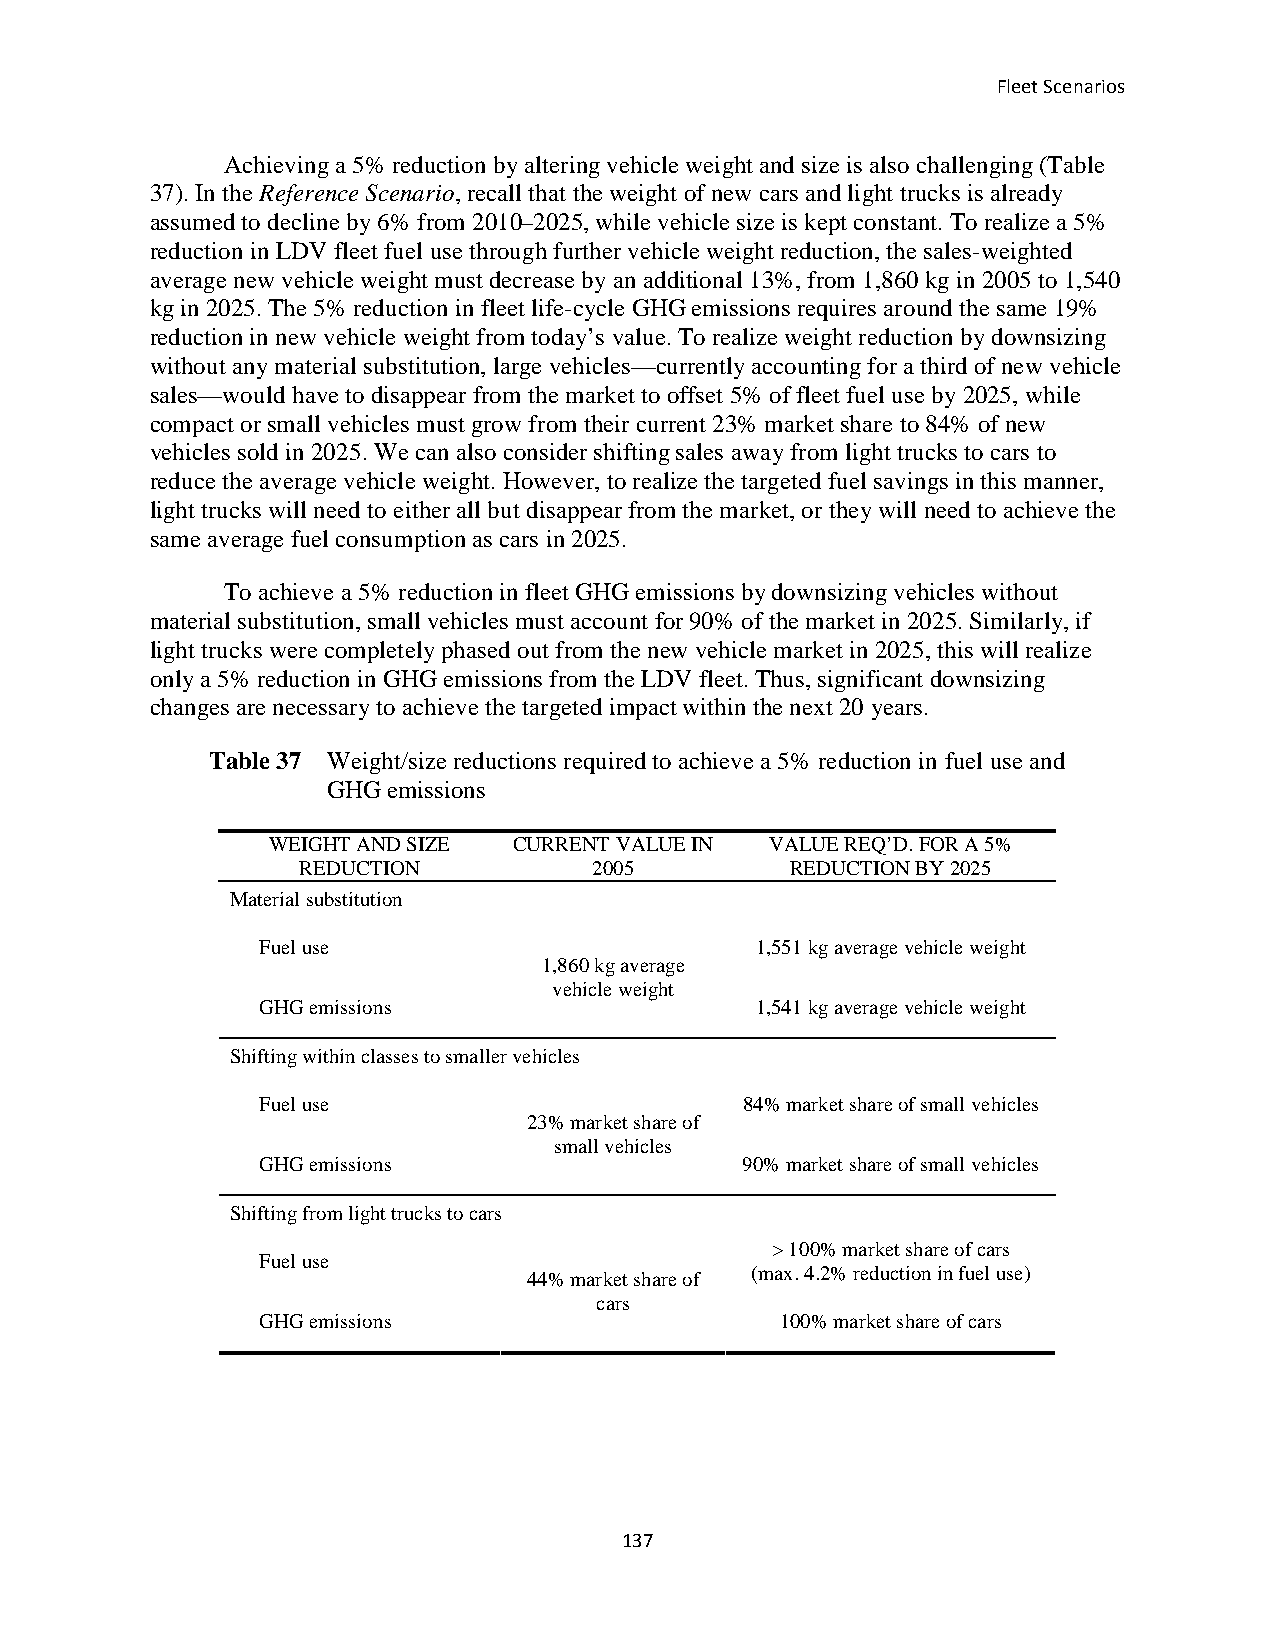
Fleet Scenarios
 Achieving a 5% reduction by altering vehicle weight and size is also challenging (Table
 37). In the Reference Scenario, recall that the weight of new cars and light trucks is already
 assumed to decline by 6% from 2010–2025, while vehicle size is kept constant. To realize a 5%
 reduction in LDV fleet fuel use through further vehicle weight reduction, the sales-weighted
 average new vehicle weight must decrease by an additional 13%, from 1,860 kg in 2005 to 1,540
 kg in 2025. The 5% reduction in fleet life-cycle GHG emissions requires around the same 19%
 reduction in new vehicle weight from today’s value. To realize weight reduction by downsizing
 without any material substitution, large vehicles—currently accounting for a third of new vehicle
 sales—would have to disappear from the market to offset 5% of fleet fuel use by 2025, while
 compact or small vehicles must grow from their current 23% market share to 84% of new
 vehicles sold in 2025. We can also consider shifting sales away from light trucks to cars to
 reduce the average vehicle weight. However, to realize the targeted fuel savings in this manner,
 light trucks will need to either all but disappear from the market, or they will need to achieve the
 same average fuel consumption as cars in 2025.
 To achieve a 5% reduction in fleet GHG emissions by downsizing vehicles without
 material substitution, small vehicles must account for 90% of the market in 2025. Similarly, if
 light trucks were completely phased out from the new vehicle market in 2025, this will realize
 only a 5% reduction in GHG emissions from the LDV fleet. Thus, significant downsizing
 changes are necessary to achieve the targeted impact within the next 20 years.
 Table 37 Weight/size reductions required to achieve a 5% reduction in fuel use and
 GHG emissions
 WEIGHT AND SIZE CURRENT VALUE IN VALUE REQ’D. FOR A 5%
 REDUCTION          2005         REDUCTION BY 2025
 Material substitution
 Fuel use                         1,551 kg average vehicle weight
 1,860 kg average
 vehicle weight
 GHG emissions                    1,541 kg average vehicle weight
 Shifting within classes to smaller vehicles
 Fuel use                        84% market share of small vehicles
 23% market share of
 small vehicles
 GHG emissions                   90% market share of small vehicles
 Shifting from light trucks to cars
 > 100% market share of cars
 Fuel use
 44% market share of (max. 4.2% reduction in fuel use)
 cars
 GHG emissions                      100% market share of cars
 137